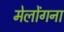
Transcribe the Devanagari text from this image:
मेलोंगना